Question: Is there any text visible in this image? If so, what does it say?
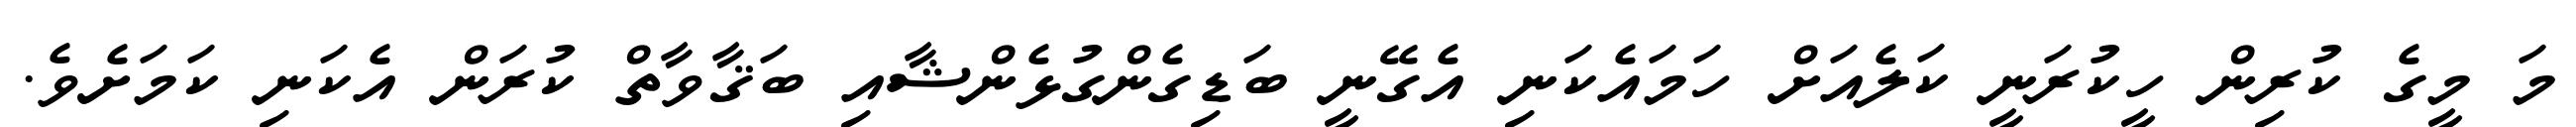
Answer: މަ މީގެ ކުރިން ހީކުރަނީ ކަލެއަށް ހަމައެކަނި އެގޭނީ ބަޑިގެންގުޅެންޝާއި ބަޤާވާތް ކުރަން އެކަނި ކަމަށެވެ.